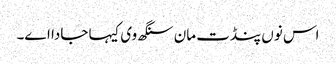
اس نوں پنڈت مان سنگھ وی کیہا جادا اے۔